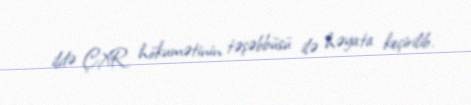
ildə ÇXR hökumətinin təşəbbüsü ilə həyata keçirilib.